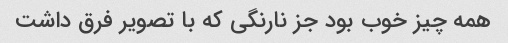
همه چیز خوب بود جز نارنگی که با تصویر فرق داشت